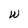
Character: W